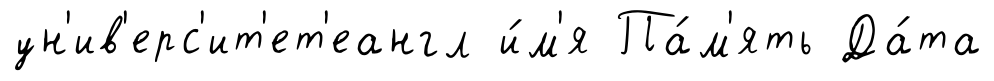
ун'ив'ерс'ит'ет'еангл и́м'я Па́м'ять Да́та